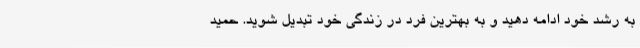
به رشد خود ادامه دهید و به بهترین فرد در زندگی خود تبدیل شوید. حمید